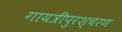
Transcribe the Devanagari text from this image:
गायत्रीपुरश्चरण